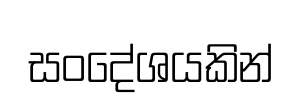
සංදේශයකින්